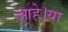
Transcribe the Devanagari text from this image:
आहे।या